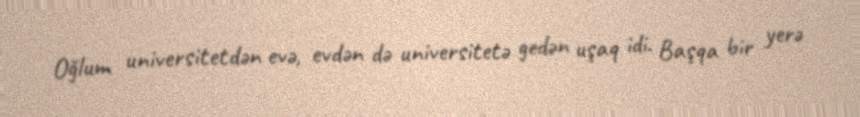
Oğlum universitetdən evə, evdən də universitetə gedən uşaq idi. Başqa bir yerə